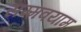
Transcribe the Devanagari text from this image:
सम्मवयाम